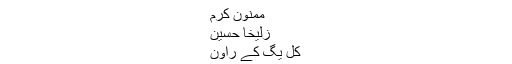
ممنون کرم
زُلیخا حُسین
کل یگ کے راون